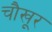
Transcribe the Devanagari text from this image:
चौखूर